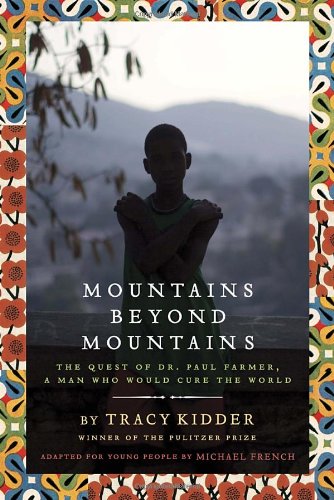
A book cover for Mountains Beyond Mountains (Adapted for Young People): The Quest of Dr. Paul Farmer,  A Man Who Would Cure the World; Tracy Kidder; Teen & Young Adult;